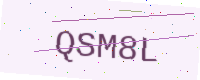
Text: QSM8L